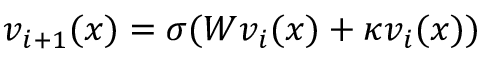
v _ { i + 1 } ( x ) = \sigma ( W v _ { i } ( x ) + \mathcal { \kappa } v _ { i } ( x ) )